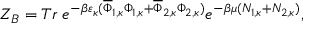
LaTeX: { \cal Z } _ { B } = T r \; e ^ { - \beta \varepsilon _ { \kappa } ( \overline { { { \Phi } } } _ { 1 , \kappa } \Phi _ { 1 , \kappa } + \overline { { { \Phi } } } _ { 2 , \kappa } \Phi _ { 2 , \kappa } ) } e ^ { - \beta \mu ( N _ { 1 , \kappa } + N _ { 2 , \kappa } ) } ,